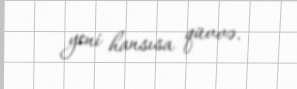
yeni hansısa qüvvə.